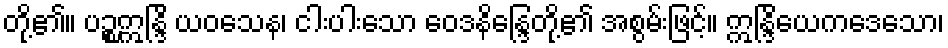
တို့၏။ ပဉ္စဣန္ဒြိ ယဝသေန၊ ငါးပါးသော ဝေဒနိန္ဒြေတို့၏ အစွမ်းဖြင့်။ ဣန္ဒြိယေကဒေသော၊